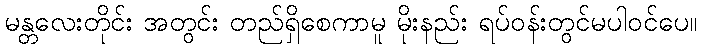
မန္တလေးတိုင်း အတွင်း တည်ရှိစေကာမူ မိုးနည်း ရပ်ဝန်းတွင်မပါဝင်ပေ။